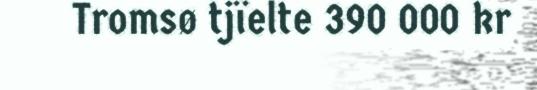
Tromsø tjïelte 390 000 kr